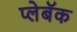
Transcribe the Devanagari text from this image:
प्लेबॅक